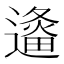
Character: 𲅹